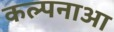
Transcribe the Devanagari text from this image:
कल्पनाआ